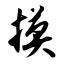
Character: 摸